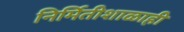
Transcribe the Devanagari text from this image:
निर्मितीशाळाही